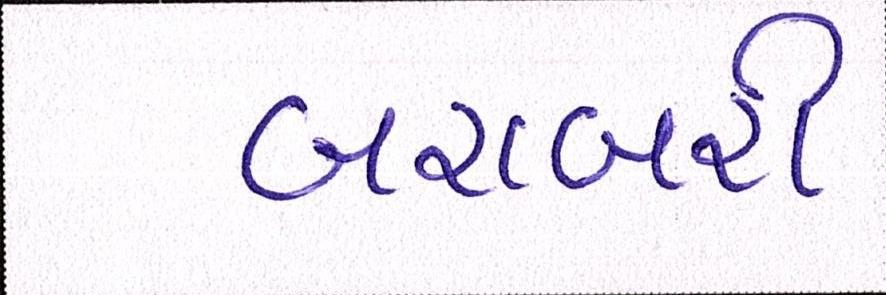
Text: બરાબરી